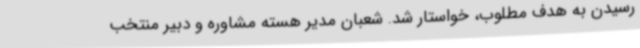
رسیدن به هدف مطلوب، خواستار شد. شعبان مدیر هسته مشاوره و دبیر منتخب